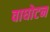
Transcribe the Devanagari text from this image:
वाघोटन